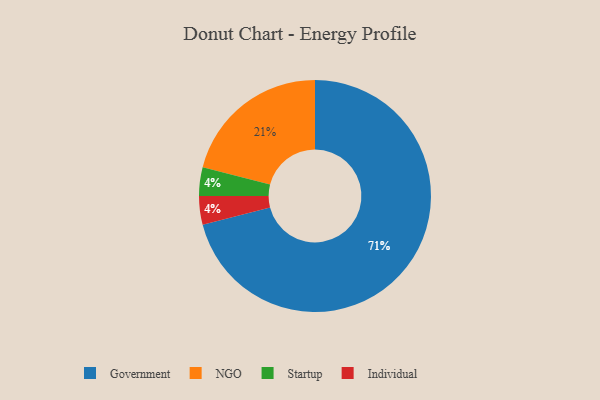
{"axis": {"x": "Category", "y": "Percentage"}, "legend": ["Government", "Individual", "NGO", "Startup"], "data": [{"x": "NGO", "y": 21, "type": "NGO"}, {"x": "Government", "y": 71, "type": "Government"}, {"x": "Startup", "y": 4, "type": "Startup"}, {"x": "Individual", "y": 4, "type": "Individual"}]}